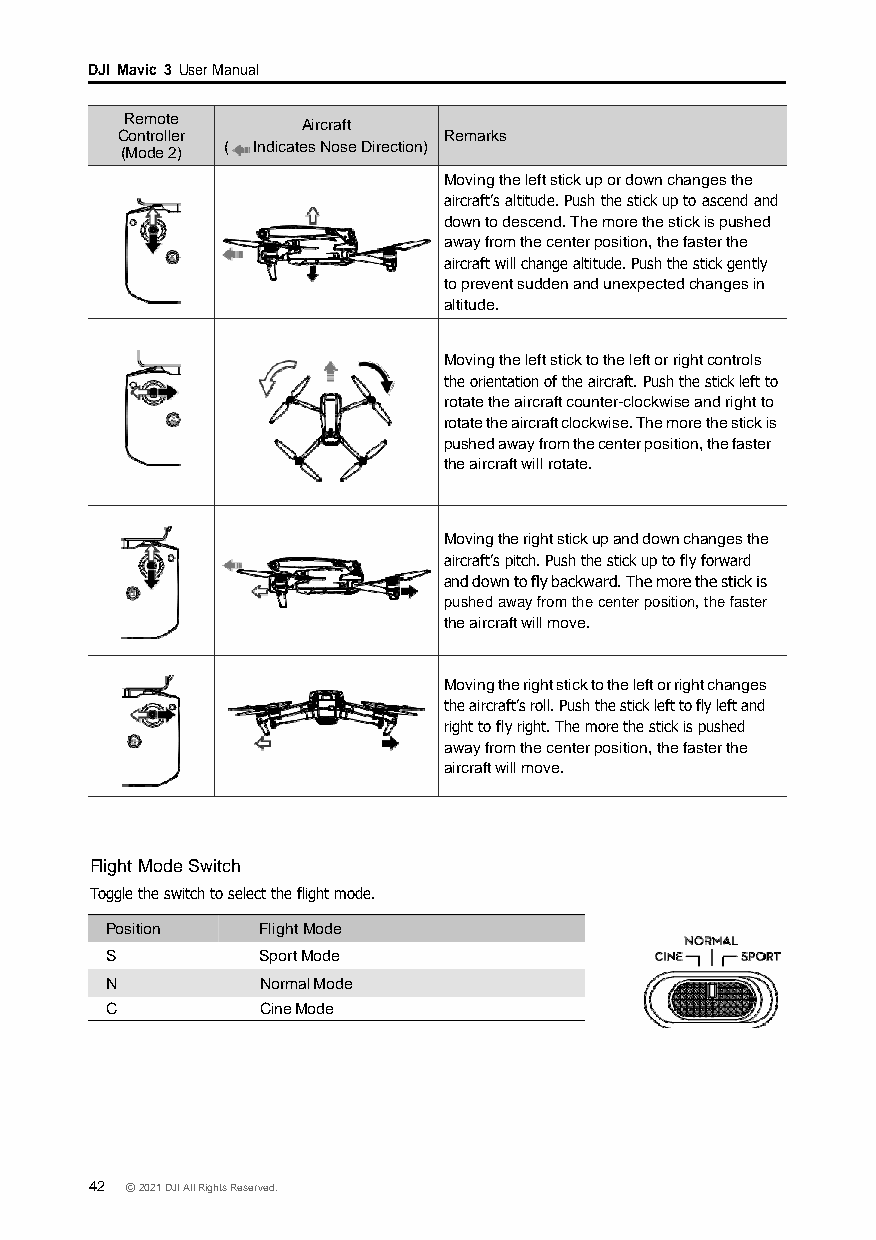
DJI Mavic 3 User Manual
 Remote      Aircraft
 Controller           Remarks
 (Mode 2) ( Indicates Nose Direction)
 Moving the left stick up or down changes the
 aircraft’s altitude. Push the stick up to ascend and
 down to descend. The more the stick is pushed
 away from the center position, the faster the
 aircraft will change altitude. Push the stick gently
 to prevent sudden and unexpected changes in
 altitude.
 Moving the left stick to the left or right controls
 the orientation of the aircraft. Push the stick left to
 rotate the aircraft counter-clockwise and right to
 rotate the aircraft clockwise. The more the stick is
 pushed away from the center position, the faster
 the aircraft will rotate.
 Moving the right stick up and down changes the
 aircraft’s pitch. Push the stick up to fly forward
 and down to fly backward. The more the stick is
 pushed away from the center position, the faster
 the aircraft will move.
 Moving the right stick to the left or right changes
 the aircraft’s roll. Push the stick left to fly left and
 right to fly right. The more the stick is pushed
 away from the center position, the faster the
 aircraft will move.
 Flight Mode Switch
 Toggle the switch to select the flight mode.
 Position  Flight Mode
 S         Sport Mode
 N         Normal Mode
 C         Cine Mode
 42 © 2021 DJI All Rights Reserved.